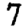
Digit: 7